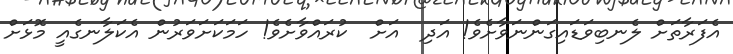
އެފަރާތަށް ލެނބިވަޑައިގަންނަވާށެވެ! އަދި  އަށް  ކުރައްވާށެވެ! ހަމަކަށަވަރުން އެކަލާނގެއީ މޮޅަށް